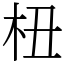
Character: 杻